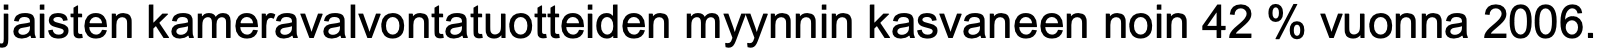
jaisten kameravalvontatuotteiden myynnin kasvaneen noin 42 % vuonna 2006.